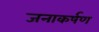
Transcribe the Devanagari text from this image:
जनाकर्षण